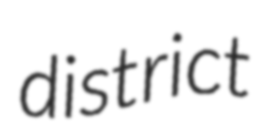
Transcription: district